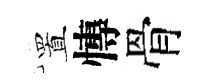
置慱骨